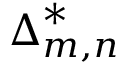
{ \boldsymbol { \Delta } } _ { m , n } ^ { * }